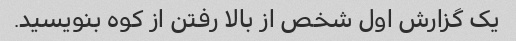
یک گزارش اول شخص از بالا رفتن از کوه بنویسید.